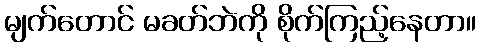
မျက်တောင် မခတ်ဘဲကို စိုက်ကြည့်နေတာ။